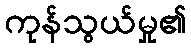
ကုန်သွယ်မှု၏